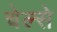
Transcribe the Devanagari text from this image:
चेल्से